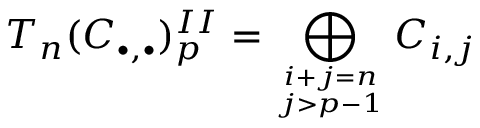
T _ { n } ( C _ { \bullet , \bullet } ) _ { p } ^ { I I } = \bigoplus _ { i + j = n \atop j > p - 1 } C _ { i , j }